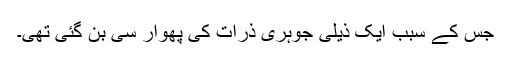
جس کے سبب ایک ذیلی جوہری ذرّات کی پھوار سی بن گئی تھی۔